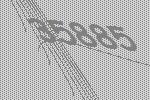
35885